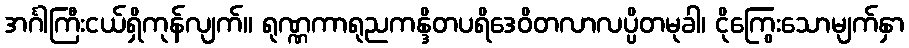
အင်္ဂါကြီးငယ်ရှိကုန်လျက်။ ရုဏ္ဏကာရုညကန္ဒိတပရိဒေဝိတလာလပ္ပိတမုခါ၊ ငိုကြွေးသောမျက်နှာ